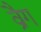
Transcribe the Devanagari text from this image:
व्रैग